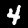
Label: 4